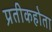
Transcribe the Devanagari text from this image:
प्रतीकहोता